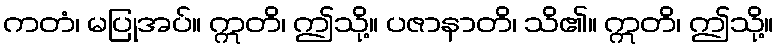
ကတံ၊ မပြုအပ်။ ဣတိ၊ ဤသို့။ ပဇာနာတိ၊ သိ၏။ ဣတိ၊ ဤသို့။